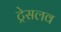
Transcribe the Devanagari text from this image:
ट्रेसलव